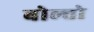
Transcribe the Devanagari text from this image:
बोल्तो